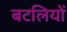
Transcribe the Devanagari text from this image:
बटलियों